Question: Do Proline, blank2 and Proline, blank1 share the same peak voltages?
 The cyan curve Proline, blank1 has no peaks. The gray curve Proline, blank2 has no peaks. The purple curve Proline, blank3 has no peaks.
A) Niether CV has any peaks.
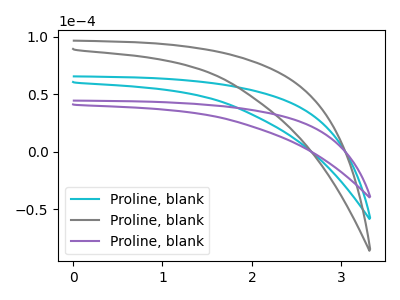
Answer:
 <answer>A) Niether CV has any peaks.</answer>
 <eval>A</eval>